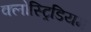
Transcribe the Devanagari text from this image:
क्लोस्ट्रिडियम